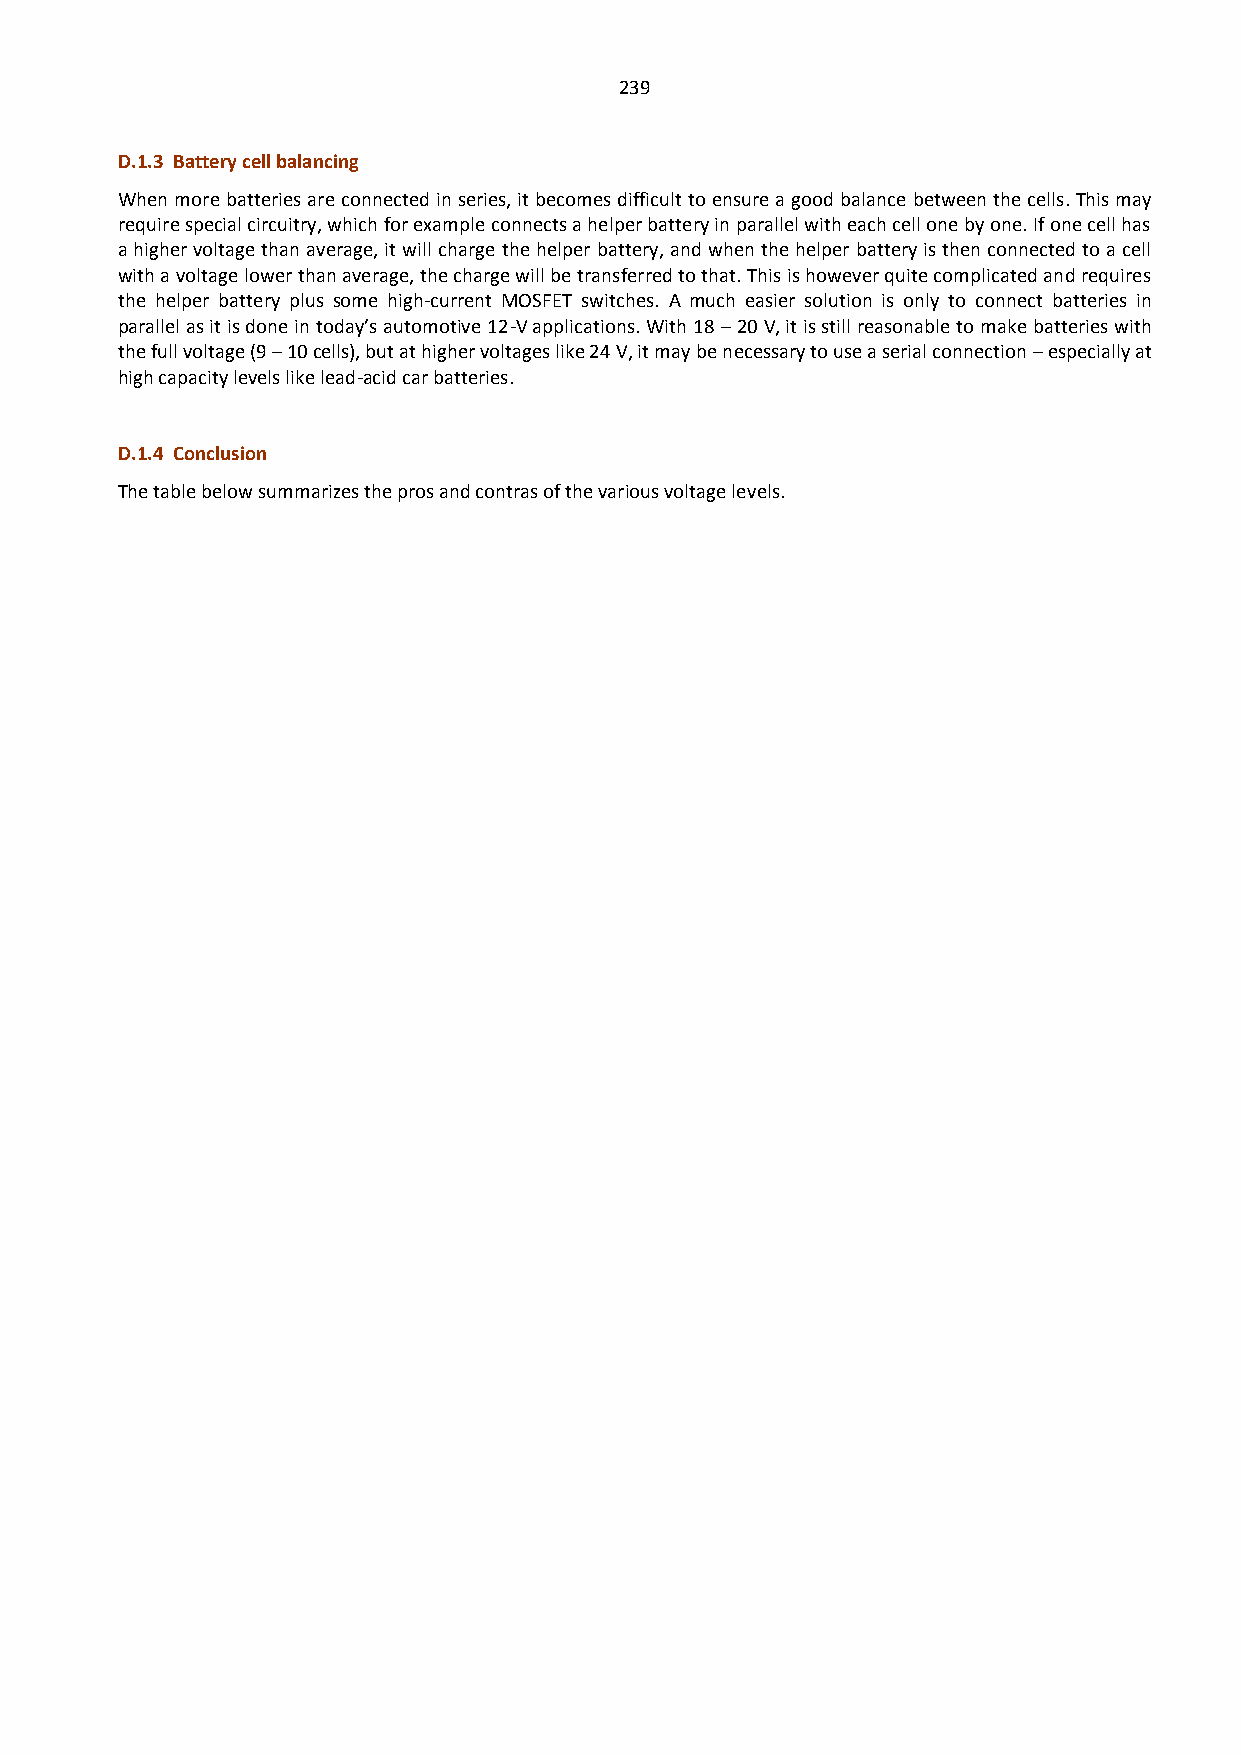
239
 D.1.3 Battery cell balancing
 When more batteries are connected in series, it becomes difficult to ensure a good balance between the cells. This may
 require special circuitry, which for example connects a helper battery in parallel with each cell one by one. If one cell has
 a higher voltage than average, it will charge the helper battery, and when the helper battery is then connected to a cell
 with a voltage lower than average, the charge will be transferred to that. This is however quite complicated and requires
 the helper battery plus some high-current MOSFET switches. A much easier solution is only to connect batteries in
 parallel as it is done in today’s automotive 12-V applications. With 18 – 20 V, it is still reasonable to make batteries with
 the full voltage (9 – 10 cells), but at higher voltages like 24 V, it may be necessary to use a serial connection – especially at
 high capacity levels like lead-acid car batteries.
 D.1.4 Conclusion
 The table below summarizes the pros and contras of the various voltage levels.